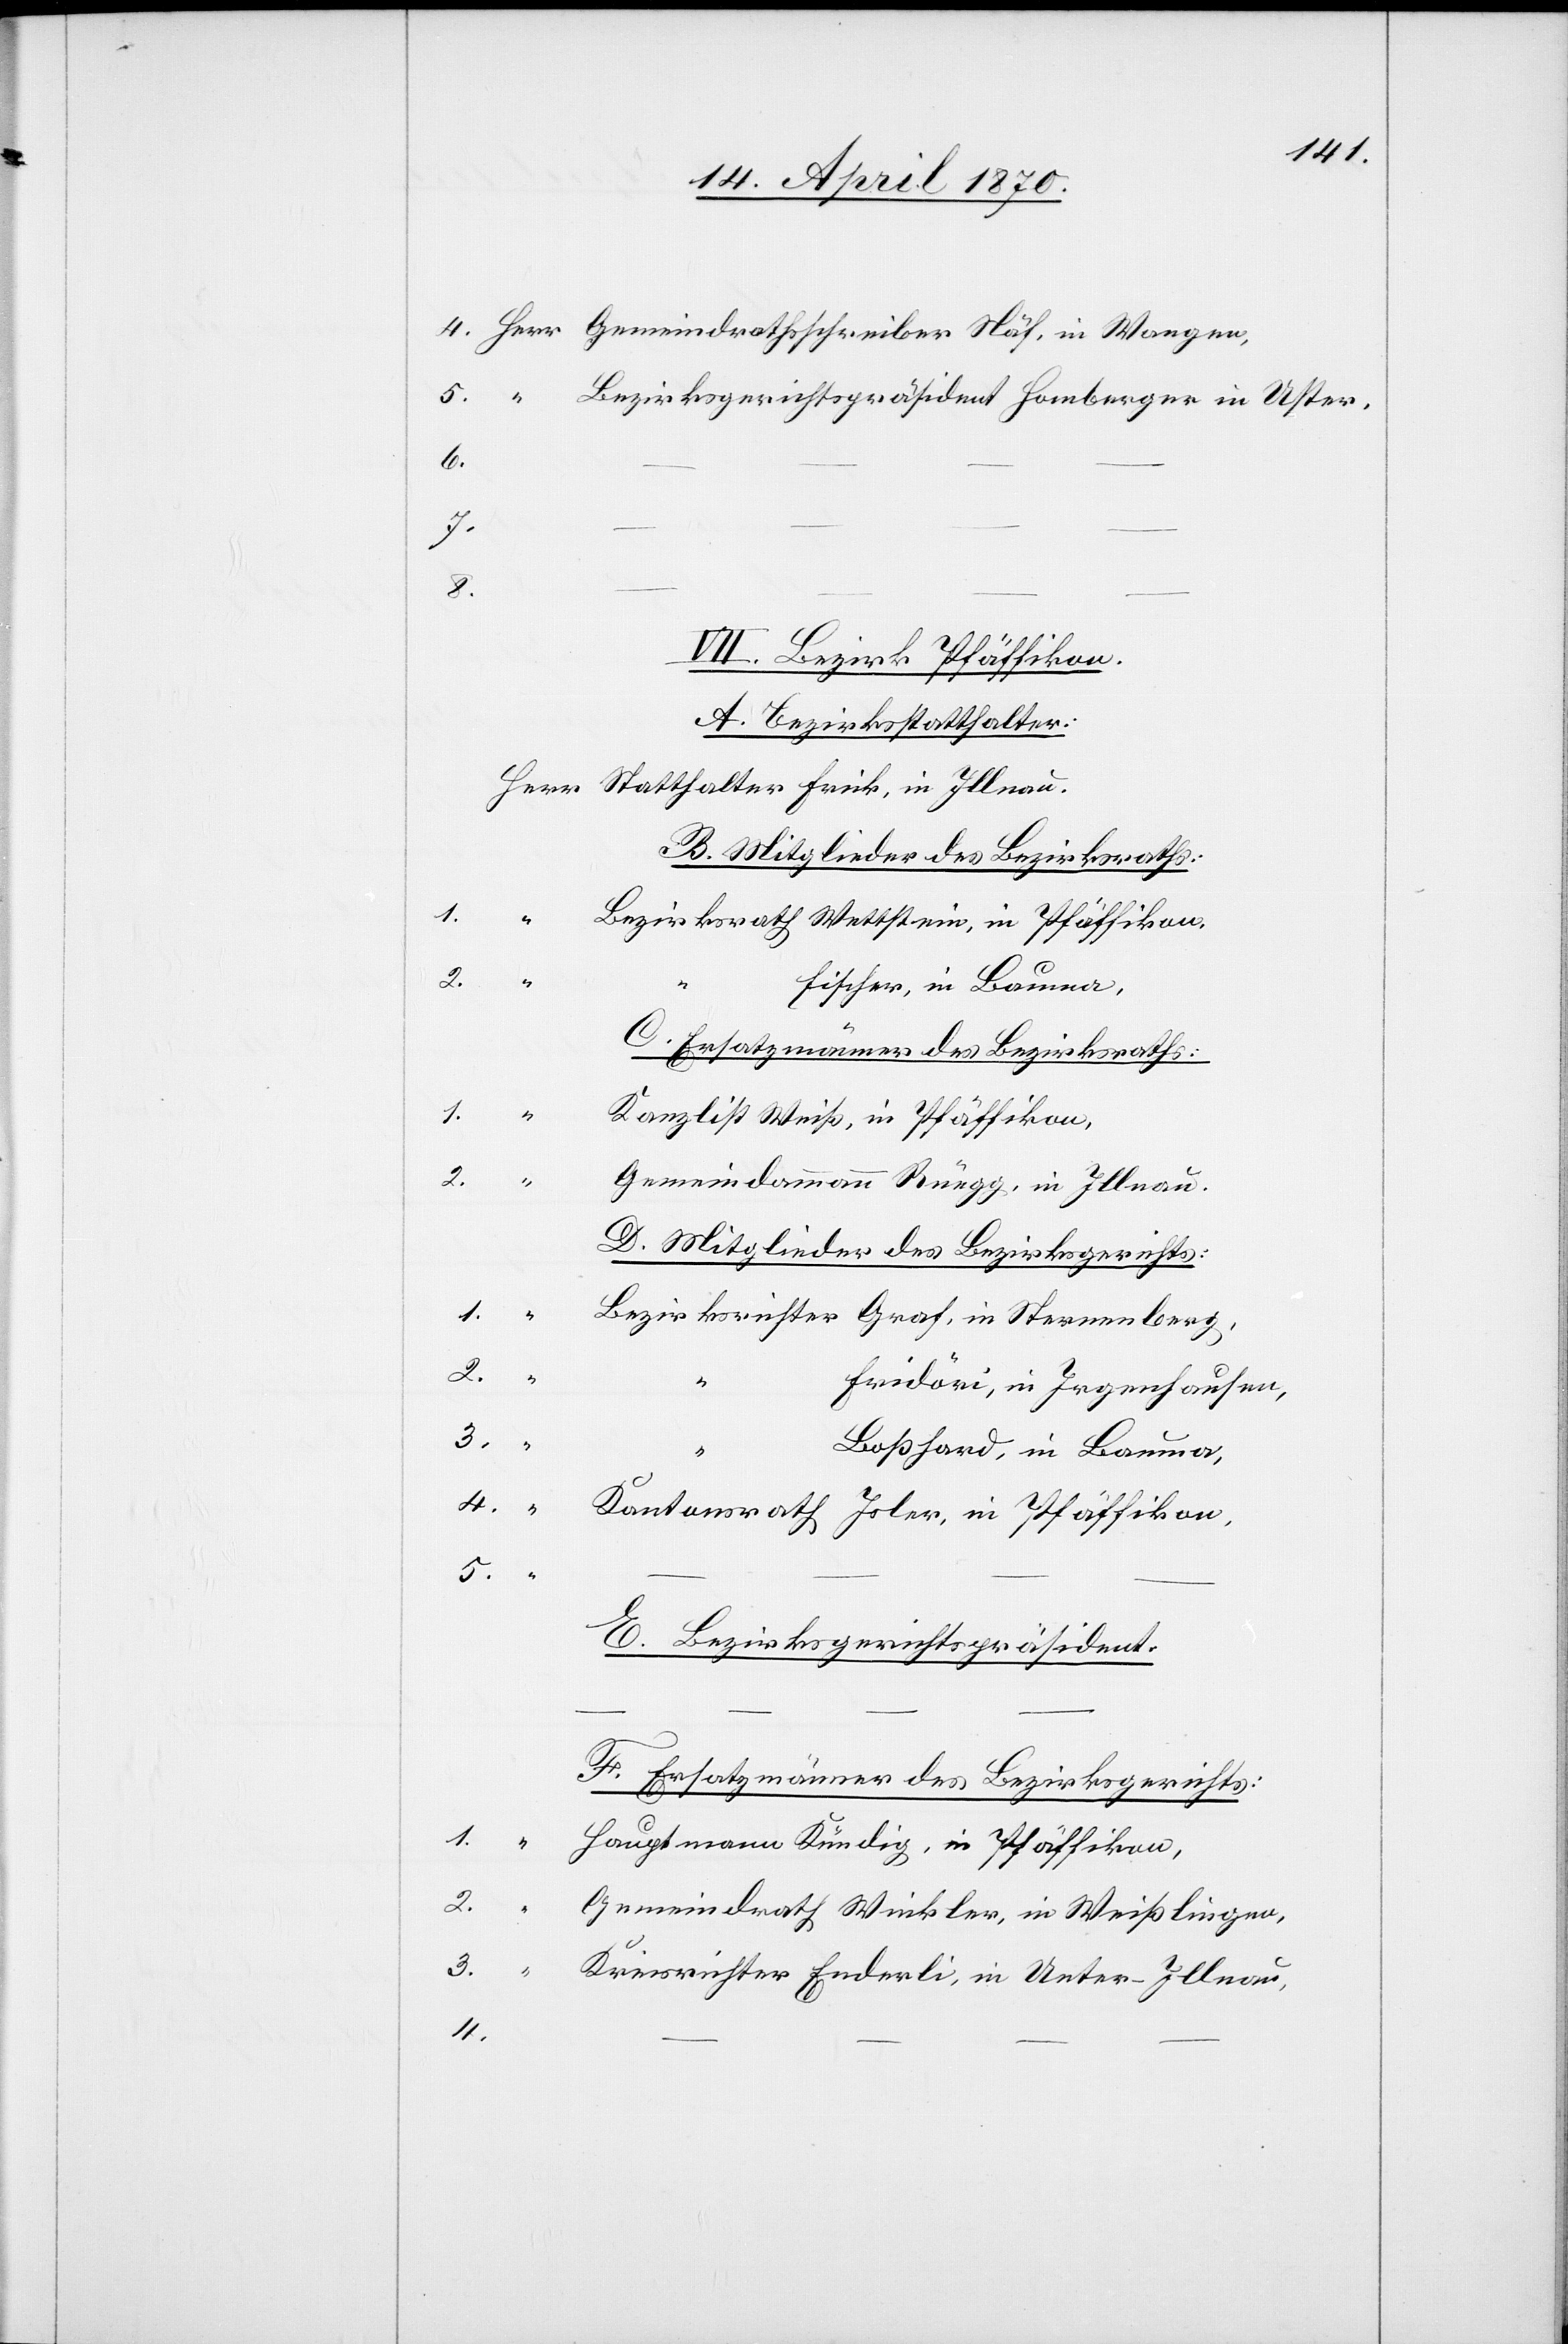
Bezirksgerichtspräsident Homberger in Uster.
6.
1.
3.
VII. Bezirk Pfäffikon.
A. Bezirksstatthalter:
B. Mitglieder des Bezirksraths:
Bezirksrath Wettstein, in Pfäffikon,
Fischer, in Bauma,
C. Ersatzmänner des Bezirksraths:
Kanzlist Weiß, in Pfäffikon,
2.
“
Gemeindammann Rüegg, in Illnau.
D. Mitglieder des Bezirksgerichts:
Bezirksrichter Graf, in Sternenberg,
2.
Fridöri, in Irgenhausen,
3.
Boßhard, in Bauma,
Kantonsrath Isler, in Pfäffikon,
llnau.
5.
E. Bezirksgerichtspräsident:
F. Ersatzmänner des Bezirksgerichts:
Hauptmann Kündig, in Pfäffikon,
Gemeindrath Winkler, in Weißlingen,
Kreisrichter Enderli, in Unter-Illnau,
4.